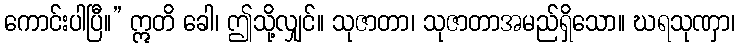
ကောင်းပါပြီ။” ဣတိ ခေါ၊ ဤသို့လျှင်။ သုဇာတာ၊ သုဇာတာအမည်ရှိသော။ ဃရသုဏှာ၊